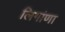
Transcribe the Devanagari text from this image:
लिगांणा